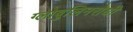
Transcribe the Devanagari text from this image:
ग्लोबुलिनरोधी